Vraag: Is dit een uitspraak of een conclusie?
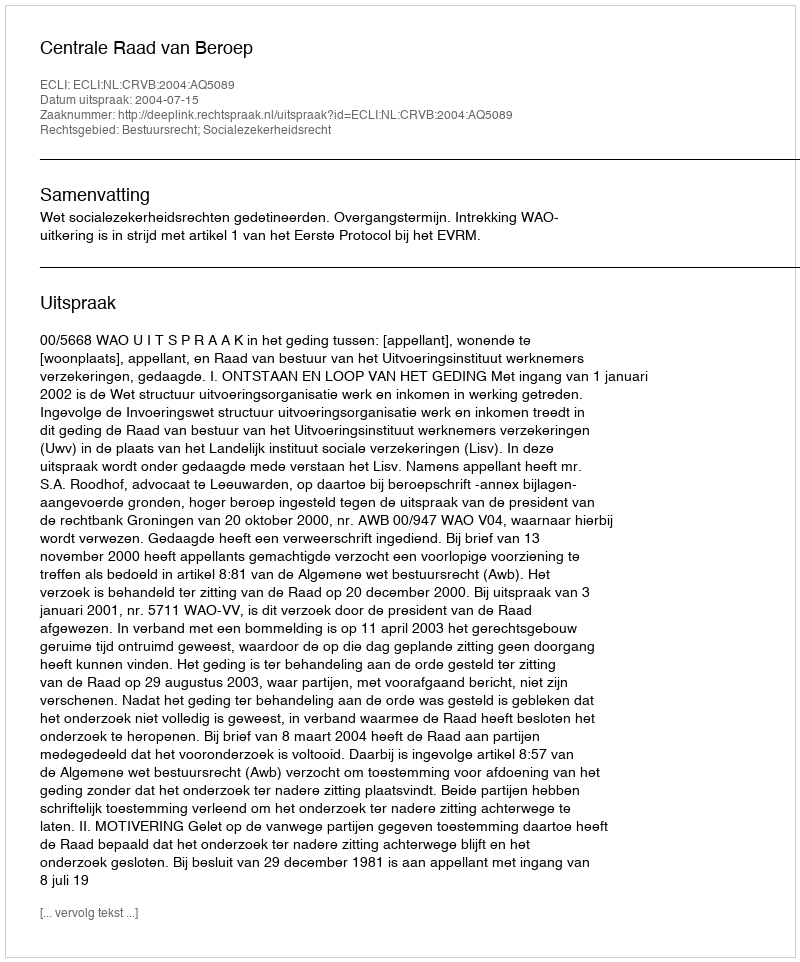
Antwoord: Uitspraak